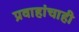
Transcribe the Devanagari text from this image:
प्रवाहांचाही